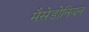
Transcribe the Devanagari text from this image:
मैसेडोनियन